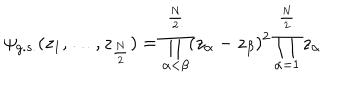
LaTeX: \psi _ { g . s . } ( z _ { 1 } , \ldots , z _ { \frac { N } { 2 } } ) = \prod _ { \alpha < \beta } ^ { \frac { N } { 2 } } ( z _ { \alpha } - z _ { \beta } ) ^ { 2 } \prod _ { \alpha = 1 } ^ { \frac { N } { 2 } } z _ { \alpha }